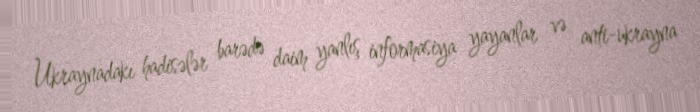
Ukraynadakı hadisələr barədə daim yanlış informasiya yayanlar və anti-ukrayna